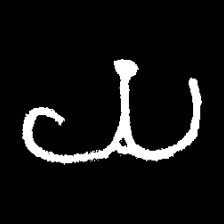
Pyu character \u2014 Myanmar letter: ယ (romanized: ya)